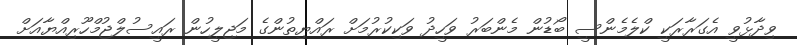
ވިދާޅުވީ އެގަރާރަކީ ކްލެމެންސީ ބޯޑުން މެންބަރު ވަހީދު ވަކިކުރުމަށް ރައްޔިތުންގެ މަޖިލީހުން ރައީސުލްޖުމްހޫރިއްޔާއަށް